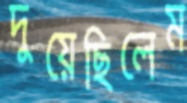
দুয়েছিলেম